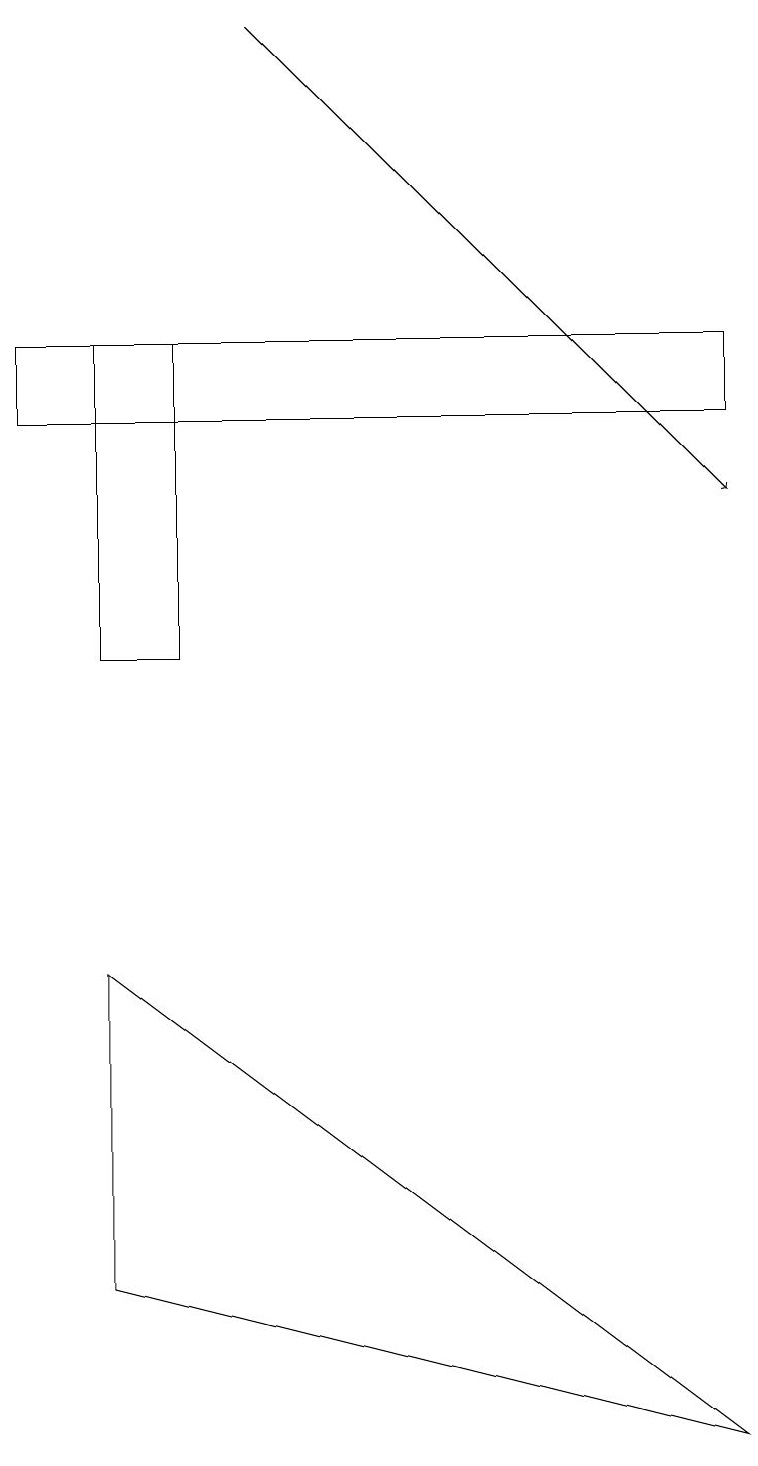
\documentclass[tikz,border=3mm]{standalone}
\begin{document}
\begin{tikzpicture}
\draw (9,14) rectangle (0,13);
\draw[->] (3,18) -- (9,12);
\draw (1,10) rectangle (2,14);
\draw (1,2) -- (9,0) -- (1,6) -- cycle;
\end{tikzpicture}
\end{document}